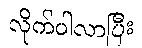
လိုက်ပါလာပြီး